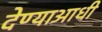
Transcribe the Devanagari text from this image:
देण्याआधी